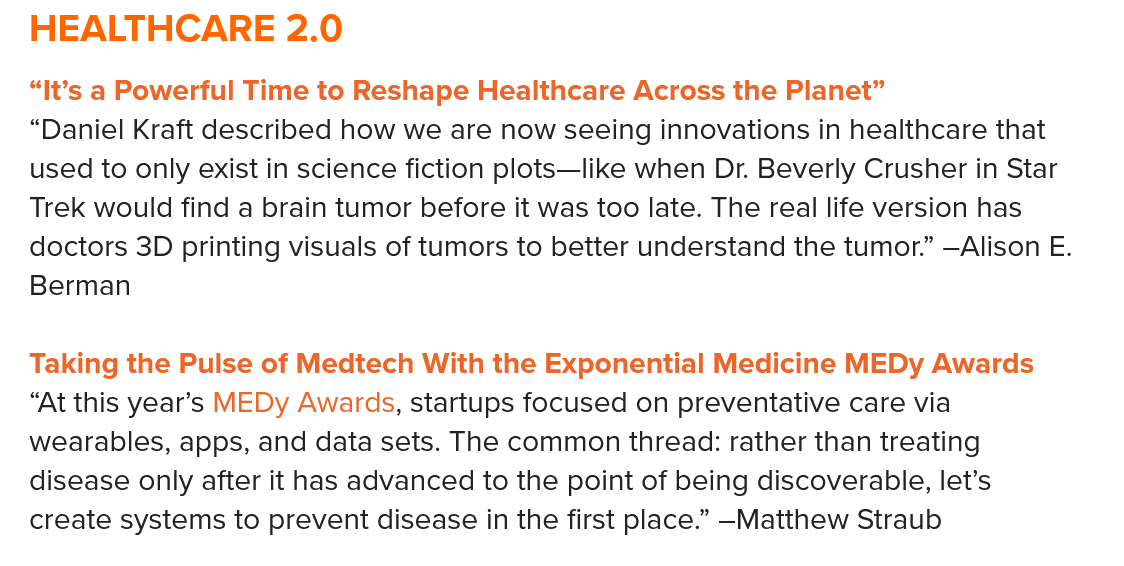
HEALTHCARE    2.0
  “It’s a Powerful Time to Reshape Healthcare Across the Planet”
  Taking the Pulse of Medtech With the Exponential Medicine MEDy Awards
   “Daniel Kraft described how we are now seeing innovations in healthcare that
   used to only exist in science fiction plots—like when Dr. Beverly Crusher in Star
  Trek would find a brain tumor before it was too late. The real life version has
  doctors 3D printing visuals of tumors to better understand the tumor.” —Alison E.
   Berman
   “At this year’s MEDy Awards, startups focused on preventative care via
  wearables, apps, and data sets. The common thread: rather than treating
  disease only after it has advanced to the point of being discoverable, let’s
  create systems to prevent disease in the first place.” —Matthew Straub